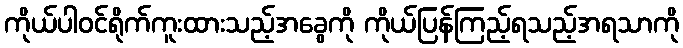
ကိုယ်ပါဝင်ရိုက်ကူးထားသည့်အခွေကို ကိုယ်ပြန်ကြည့်ရသည့်အရသာကို